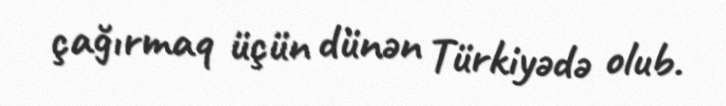
çağırmaq üçün dünən Türkiyədə olub.